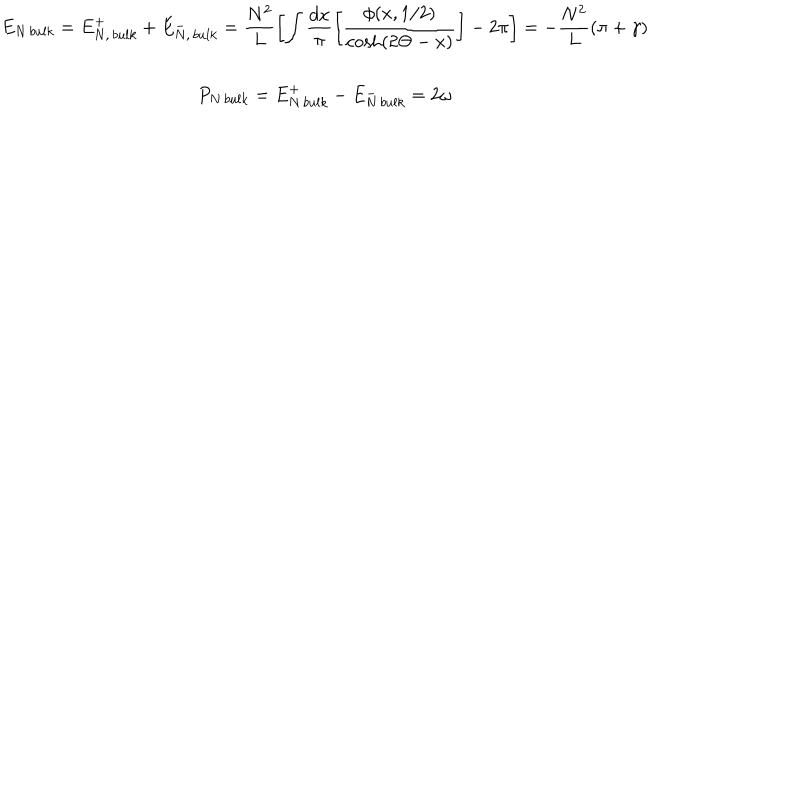
LaTeX: \begin{array} { c } { { E _ { N \, b u l k } = E _ { N , \, b u l k } ^ { + } + E _ { N , \, b u l k } ^ { - } = \displaystyle \frac { N ^ { 2 } } { L } \left[ \displaystyle \int \displaystyle \frac { d x } { \pi } \left[ \displaystyle \frac { \phi ( x , 1 / 2 ) } { \cosh ( 2 \Theta - x ) } \right] - 2 \pi \right] = - \displaystyle \frac { N ^ { 2 } } { L } ( \pi + \gamma ) } } \\ { { P _ { N \, b u l k } = E _ { N \, b u l k } ^ { + } - E _ { N \, b u l k } ^ { - } = 2 \omega } } \\ \end{array}